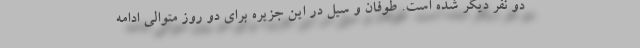
دو نفر دیگر شده است. طوفان و سیل در این جزیره برای دو روز متوالی ادامه